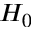
H _ { 0 }